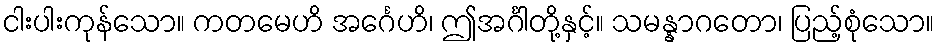
ငါးပါးကုန်သော။ ကတမေဟိ အင်္ဂေဟိ၊ ဤအင်္ဂါတို့နှင့်။ သမန္နာဂတော၊ ပြည့်စုံသော။